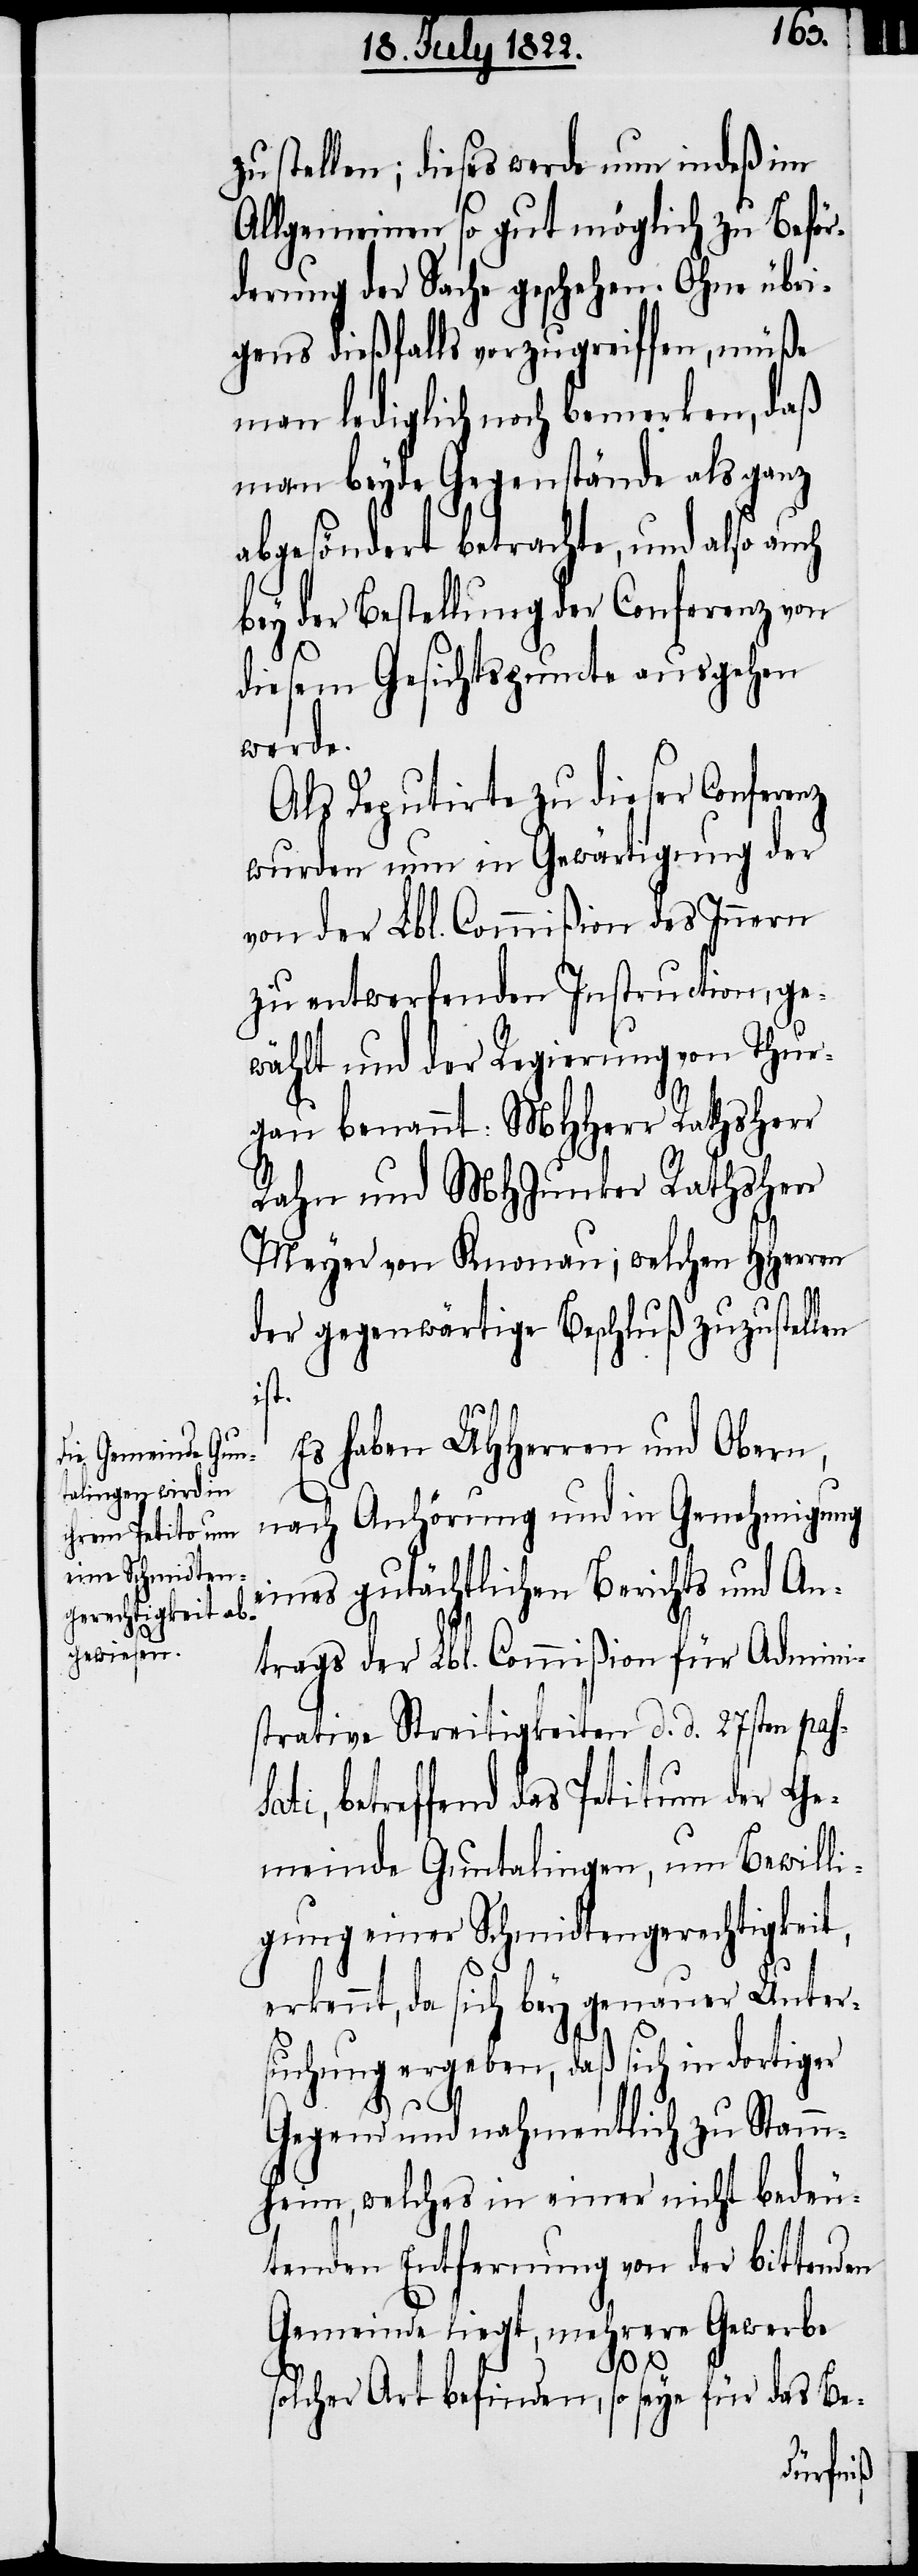
zu stellen; dieses werde nun indeß im
Allgemeinen so gut möglich zu Beför¬
derung der Sache geschehen. Ohne übri¬
gens dießfalls vorzugreiffen, müße
man lediglich noch bemerken, daß
man beyde Gegenstände als ganz
abgesöndert betrachte, und also auch
bey der Bestellung der Conferenz von
diesem Gesichtpsuncte ausgehen
werde.
Als Deputirte zu dieser Conferenz
wurden nun in Gewärtigung der
von der Lbl. Commißion des Innern
zu entwerfenden Instruction, ge¬
wählt und der Regierung von Thur¬
gau benannt: MHHerr Rathsherr
Rahn und MHHerr Rathsherr
Meyer von Knonau; welchen HHerren
der gegenwärtige Beschluß zuzustellen
ist.
Es haben UHHerrn und Obern,
nach Anhörung und in Genehmigung
eines gutächtlichen Berichts und An¬
trags der Lbl. Commißion für Admini¬
strative Streitigkeiten d. d. 27sten pas¬
sati, betreffend das Petitum der Ge¬
meinde Guntalingen, um Bewilli¬
gung einer Schmidtengerechtigkeit,
erkennt, da sich bey genauer Unter¬
suchung ergeben, daß sich in dortiger
Gegend und nahmentlich zu Stamm¬
heim, welches in einer nicht bedeu¬
tenden Entfernung von der bittenden
Gemeinde liegt, mehrere Gewerbe
solcher Art befinden, so seye für das Be-